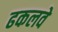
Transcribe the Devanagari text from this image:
ढकलवे